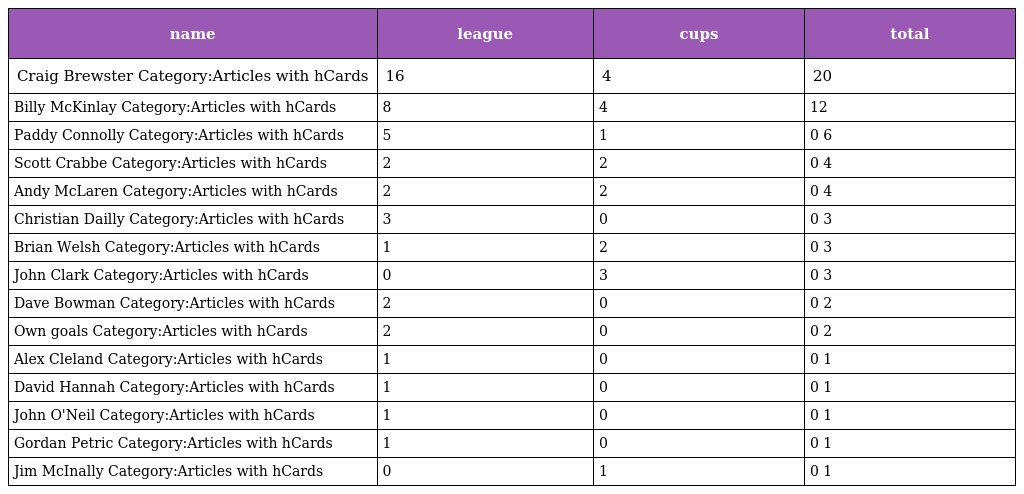
| name | league | cups | total |
 | --- | --- | --- | --- |
 | Craig Brewster Category:Articles with hCards | 16 | 4 | 20 |
 | Billy McKinlay Category:Articles with hCards | 8 | 4 | 12 |
 | Paddy Connolly Category:Articles with hCards | 5 | 1 | 0 6 |
 | Scott Crabbe Category:Articles with hCards | 2 | 2 | 0 4 |
 | Andy McLaren Category:Articles with hCards | 2 | 2 | 0 4 |
 | Christian Dailly Category:Articles with hCards | 3 | 0 | 0 3 |
 | Brian Welsh Category:Articles with hCards | 1 | 2 | 0 3 |
 | John Clark Category:Articles with hCards | 0 | 3 | 0 3 |
 | Dave Bowman Category:Articles with hCards | 2 | 0 | 0 2 |
 | Own goals Category:Articles with hCards | 2 | 0 | 0 2 |
 | Alex Cleland Category:Articles with hCards | 1 | 0 | 0 1 |
 | David Hannah Category:Articles with hCards | 1 | 0 | 0 1 |
 | John O'Neil Category:Articles with hCards | 1 | 0 | 0 1 |
 | Gordan Petric Category:Articles with hCards | 1 | 0 | 0 1 |
 | Jim McInally Category:Articles with hCards | 0 | 1 | 0 1 |